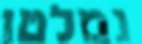
נמלטו